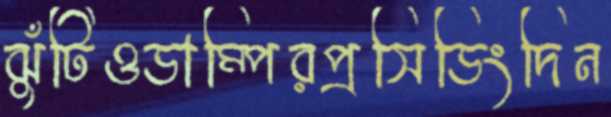
ঝুঁটিওডাম্পিরপ্রসিডিংদিন